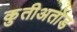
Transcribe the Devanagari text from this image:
कुतीअतोड